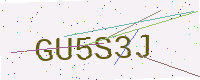
Text: GU5S3J